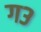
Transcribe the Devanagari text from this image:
ग३